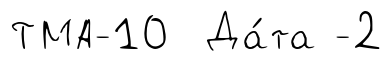
ТМА-10 Да́та -2